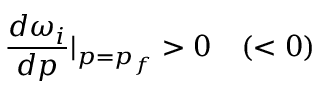
\frac { d \omega _ { i } } { d p } | _ { p = p _ { f } } > 0 \quad ( < 0 )